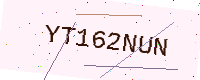
Text: YT162NUN